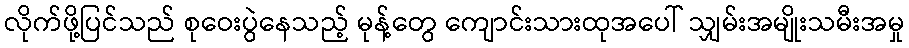
လိုက်ဖို့ပြင်သည် စုဝေးပွဲနေသည့် မုန့်တွေ ကျောင်းသားထုအပေါ် သျှမ်းအမျိုးသမီးအမှု